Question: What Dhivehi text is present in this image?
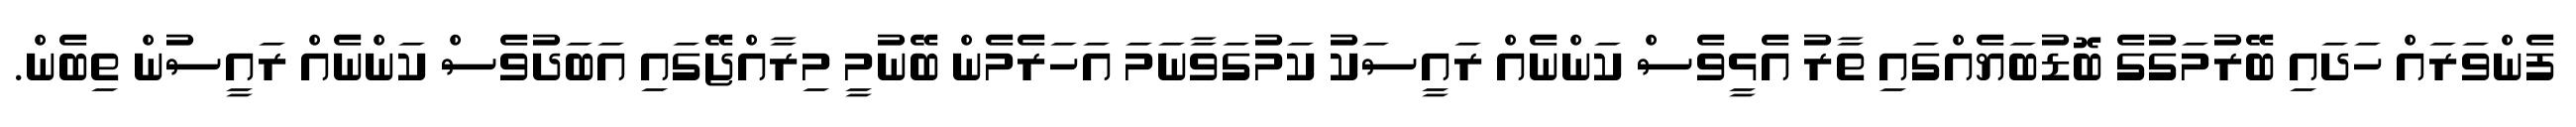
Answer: ފެންވަރައް ހަދައި ބޭރުމަގުގެ ބޮޑުބަޔެއްގައި ތާރު އެޅީވެސް ކަންނެއް ރައީސަކު ކަމުގަވާނަމަ އަހަރެމެން ބޭނުމީ މިރާއްޖޭގައި އަބަދުވެސް ކަންނެއް ރައީސުން ތިބެން.